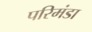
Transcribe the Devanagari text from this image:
परिमंडा